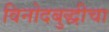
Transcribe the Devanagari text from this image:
विनोदबुद्धीचा